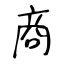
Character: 商